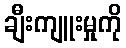
ချီးကျူးမှုကို